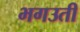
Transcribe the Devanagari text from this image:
भगउती